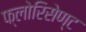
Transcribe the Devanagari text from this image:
फ्लोरिसेण्ट